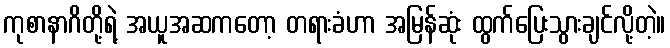
ကုစာနာဂိတို့ရဲ့ အယူအဆကတော့ တရားခံဟာ အမြန်ဆုံး ထွက်ပြေးသွားချင်လို့တဲ့။